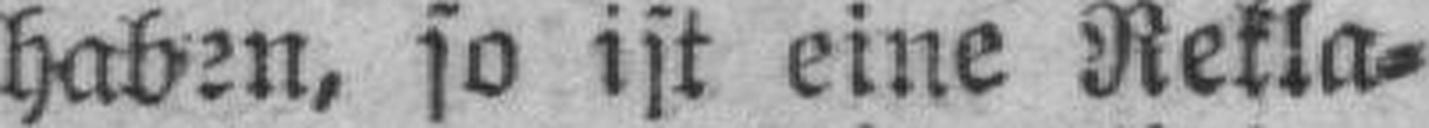
haben, so ist eine Rekla¬